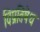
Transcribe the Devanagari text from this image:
विप्रतिषेध